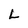
Character: L